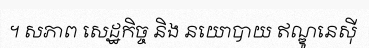
។ សភាព សេដ្ឋកិច្ច និង នយោបាយ ឥណ្ឌូនេស៊ី